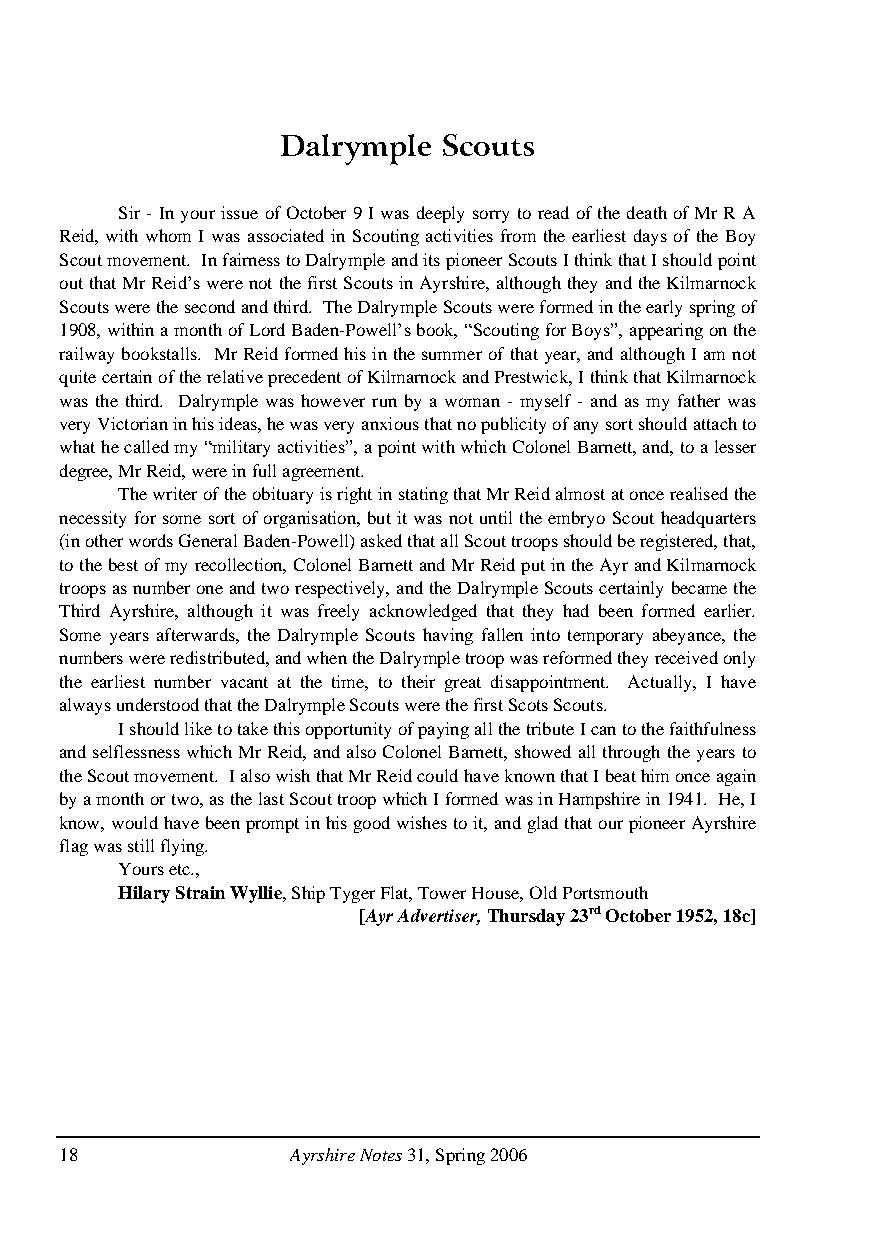
Dalrymple Scouts
 Sir - In your issue of October 9 I was deeply sorry to read of the death of Mr R A
 Reid, with whom I was associated in Scouting activities from the earliest days of the Boy
 Scout movement. In fairness to Dalrymple and its pioneer Scouts I think that I should point
 out that Mr Reid’s were not the first Scouts in Ayrshire, although they and the Kilmarnock
 Scouts were the second and third. The Dalrymple Scouts were formed in the early spring of
 1908, within a month of Lord Baden-Powell’s book, “Scouting for Boys”, appearing on the
 railway bookstalls. Mr Reid formed his in the summer of that year, and although I am not
 quite certain of the relative precedent of Kilmarnock and Prestwick, I think that Kilmarnock
 was the third. Dalrymple was however run by a woman - myself - and as my father was
 very Victorian in his ideas, he was very anxious that no publicity of any sort should attach to
 what he called my “military activities”, a point with which Colonel Barnett, and, to a lesser
 degree, Mr Reid, were in full agreement.
 The writer of the obituary is right in stating that Mr Reid almost at once realised the
 necessity for some sort of organisation, but it was not until the embryo Scout headquarters
 (in other words General Baden-Powell) asked that all Scout troops should be registered, that,
 to the best of my recollection, Colonel Barnett and Mr Reid put in the Ayr and Kilmarnock
 troops as number one and two respectively, and the Dalrymple Scouts certainly became the
 Third Ayrshire, although it was freely acknowledged that they had been formed earlier.
 Some years afterwards, the Dalrymple Scouts having fallen into temporary abeyance, the
 numbers were redistributed, and when the Dalrymple troop was reformed they received only
 the earliest number vacant at the time, to their great disappointment. Actually, I have
 always understood that the Dalrymple Scouts were the first Scots Scouts.
 I should like to take this opportunity of paying all the tribute I can to the faithfulness
 and selflessness which Mr Reid, and also Colonel Barnett, showed all through the years to
 the Scout movement. I also wish that Mr Reid could have known that I beat him once again
 by a month or two, as the last Scout troop which I formed was in Hampshire in 1941. He, I
 know, would have been prompt in his good wishes to it, and glad that our pioneer Ayrshire
 flag was still flying.
 Yours etc.,
 Hilary Strain Wyllie, Ship Tyger Flat, Tower House, Old Portsmouth
 [Ayr Advertiser, Thursday 23rd October 1952, 18c]
 18             Ayrshire Notes 31, Spring 2006